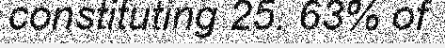
constituting 25. 63% of